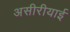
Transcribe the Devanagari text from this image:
असीरीयाई